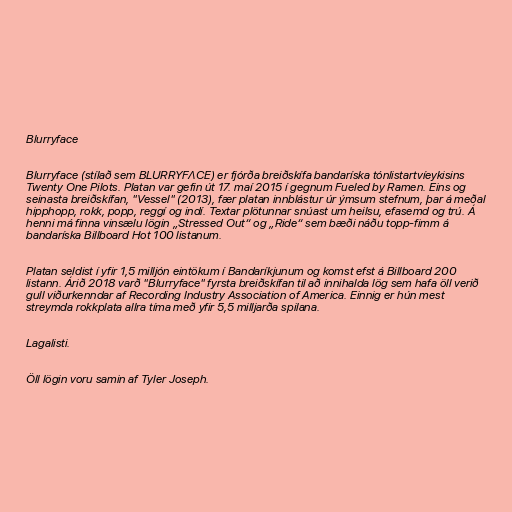
Blurryface

Blurryface (stílað sem BLURRYFΛCE) er fjórða breiðskífa bandaríska tónlistartvíeykisins
Twenty One Pilots. Platan var gefin út 17. maí 2015 í gegnum Fueled by Ramen. Eins og
seinasta breiðskífan, "Vessel" (2013), fær platan innblástur úr ýmsum stefnum, þar á meðal
hipphopp, rokk, popp, reggí og indí. Textar plötunnar snúast um heilsu, efasemd og trú. Á
henni má finna vinsælu lögin „Stressed Out“ og „Ride“ sem bæði náðu topp-fimm á
bandaríska Billboard Hot 100 listanum.

Platan seldist í yfir 1,5 milljón eintökum í Bandaríkjunum og komst efst á Billboard 200
listann. Árið 2018 varð "Blurryface" fyrsta breiðskífan til að innihalda lög sem hafa öll verið
gull viðurkenndar af Recording Industry Association of America. Einnig er hún mest
streymda rokkplata allra tíma með yfir 5,5 milljarða spilana.

Lagalisti.

Öll lögin voru samin af Tyler Joseph.